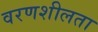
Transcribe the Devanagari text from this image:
वरणशीलता